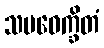
သမဝေက္ခိတံ